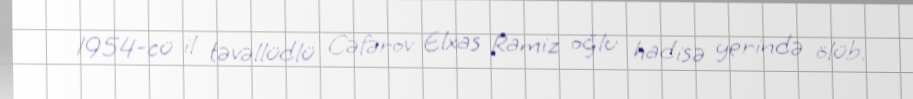
1954-cü il təvəllüdlü Cəfərov Elxas Ramiz oğlu hadisə yerində ölüb.